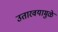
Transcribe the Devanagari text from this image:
उतारवयामुळे